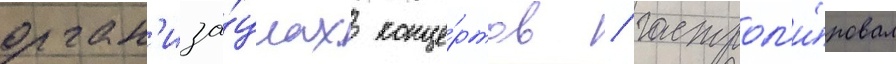
орган'иза́циах конце́ртов / гастрол'и́ровал